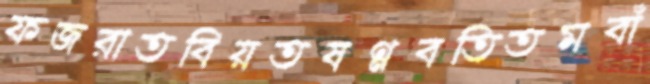
ফজরাতবিয়তষণ্ণবতিতমবাঁ